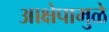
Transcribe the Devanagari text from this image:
आक्षेपामुळे